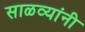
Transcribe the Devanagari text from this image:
साळव्यांनी